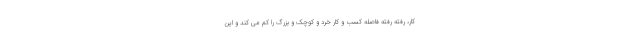
کار، رفته رفته فاصله کسب و کار خرد و کوچک و بزرگ را کم می کند و این